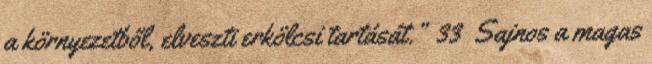
a környezetből, elveszti erkölcsi tartását.” 33 Sajnos a magas